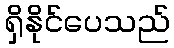
ရှိနိုင်ပေသည်